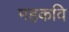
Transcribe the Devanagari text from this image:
महकवि